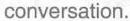
conversation.